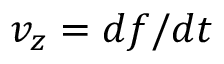
v _ { z } = d f / d t